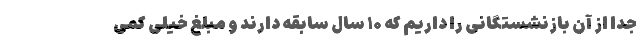
جدا از آن بازنشستگانی را داریم که ۱۰ سال سابقه دارند و مبلغ خیلی کمی